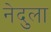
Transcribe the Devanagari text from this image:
नेदुला